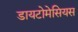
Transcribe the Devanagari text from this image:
डायटोमेसियस